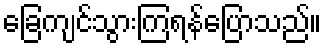
ခြေကျင်သွားကြရန်ပြောသည်။